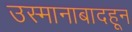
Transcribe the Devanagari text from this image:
उस्मानाबादहून